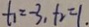
f _ { 1 } = - 3 , f _ { 2 } = 1 .